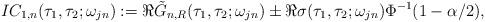
LaTeX: \begin{align*} IC_{1,n}(\tau_1, \tau_2;\omega_{jn}):=\Re\tilde G_{n,R}(\tau_1, \tau _2;\omega_{jn}) \pm\Re\sigma(\tau_1, \tau_2; \omega_{jn}) \Phi^{-1}(1-\alpha/2),\end{align*}